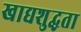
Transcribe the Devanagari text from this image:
खाद्यशुद्धता